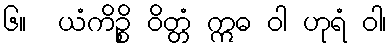
၆။  ယံကိဉ္စိ ဝိတ္တံ ဣဓ ဝါ ဟုရံ ဝါ၊